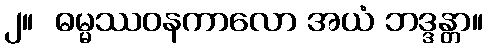
၂။  ဓမ္မဿဝနကာလော အယံ ဘဒ္ဒန္တာ။